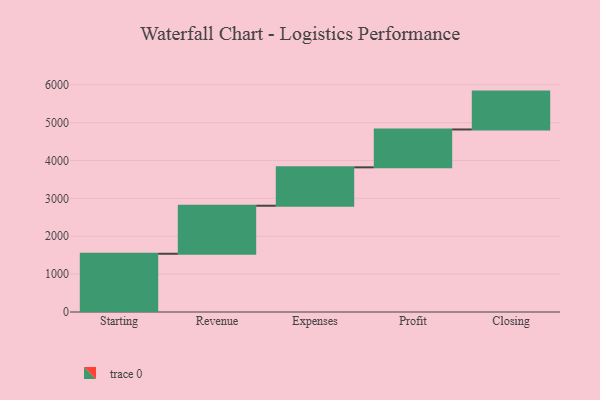
{"axis": {"x": "Step", "y": "Value"}, "legend": [""], "data": [{"x": "Starting", "y": 1538.0, "type": ""}, {"x": "Revenue", "y": 1268.0, "type": ""}, {"x": "Expenses", "y": 1014.0, "type": ""}, {"x": "Profit", "y": 1000, "type": ""}, {"x": "Closing", "y": 1000, "type": ""}]}